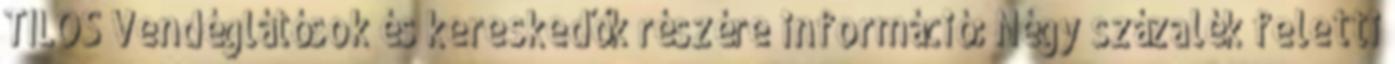
TILOS Vendéglátósok és kereskedők részére információ: Négy százalék feletti